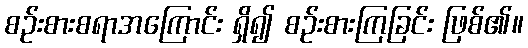
စဉ်းစားစရာအကြောင်း ရှိ၍ စဉ်းစားကြခြင်း ဖြစ်၏။